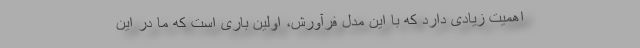
اهمیت زیادی دارد که با این مدل فرآورش، اولین باری است که ما در این